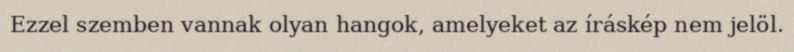
Ezzel szemben vannak olyan hangok, amelyeket az íráskép nem jelöl.